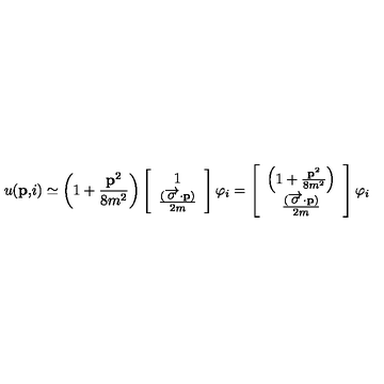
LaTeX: u ( \mathbf { p , } i ) \simeq \left( 1 + \frac { \mathbf { p } ^ { 2 } } { 8 m ^ { 2 } } \right) \left[ \begin{array} { c } { 1 } \\ { \frac { ( \overrightarrow { \mathbf { \sigma } } \mathbf { \cdot p } ) } { 2 m } } \\ \end{array} \right] \varphi _ { i } = \left[ \begin{array} { c } { \left( 1 + \frac { \mathbf { p } ^ { 2 } } { 8 m ^ { 2 } } \right) } \\ { \frac { ( \overrightarrow { \mathbf { \sigma } } \mathbf { \cdot p } ) } { 2 m } } \\ \end{array} \right] \varphi _ { i }